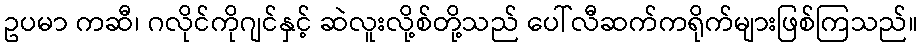
ဥပမာ ကဆီ၊ ဂလိုင်ကိုဂျင်နှင့် ဆဲလူးလို့စ်တို့သည် ပေါ်လီဆက်ကရိုက်များဖြစ်ကြသည်။